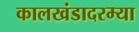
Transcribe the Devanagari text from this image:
कालखंडादरम्या